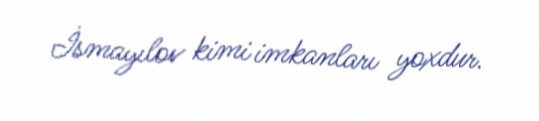
İsmayılov kimi imkanları yoxdur.